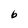
Character: b